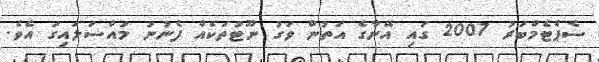
ސެޕްޓެމްބަރު 2007 ގައި އޭނާގެ އަތުން ވަގު ނޫޓުތަކެއް ފެނުނު މައްސަލައިގަ އެވެ.